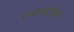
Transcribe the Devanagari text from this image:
टनाबरोबर